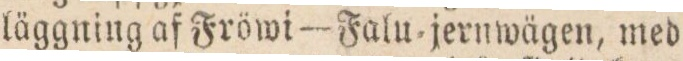
läggning af Fröwi — Falu-jernwägen, med